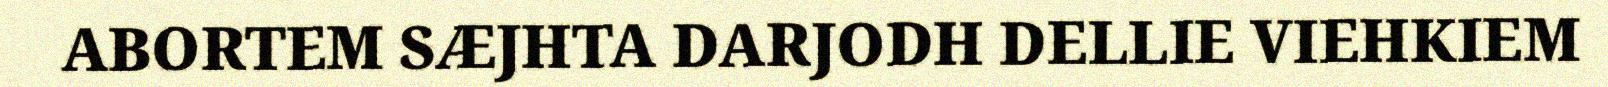
ABORTEM SÆJHTA DARJODH DELLIE VIEHKIEM